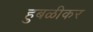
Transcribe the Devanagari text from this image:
हुबळीकर